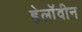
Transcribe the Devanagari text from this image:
हेलाॅवीन